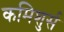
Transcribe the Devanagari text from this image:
कमिशुर्स